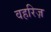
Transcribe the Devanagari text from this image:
वहरिज़